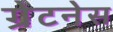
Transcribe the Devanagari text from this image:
ग्रेटनेस